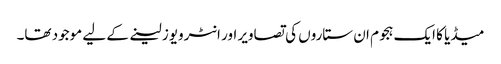
میڈیا کا ایک ہجوم ان ستاروں کی تصاویر اور انٹرویوز لینے کے لیے موجود تھا۔